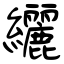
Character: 纚